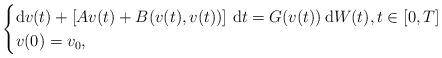
LaTeX: \begin{align*}\begin{cases}\displaystyle {\rm d}v(t)+ \left[Av(t) +B(v(t),v(t))\right]\,{\rm d}t = G(v(t))\, {\rm d}W(t), t \in \left[0,T\right] \\\displaystyle v(0)=v_0,\end{cases}\end{align*}